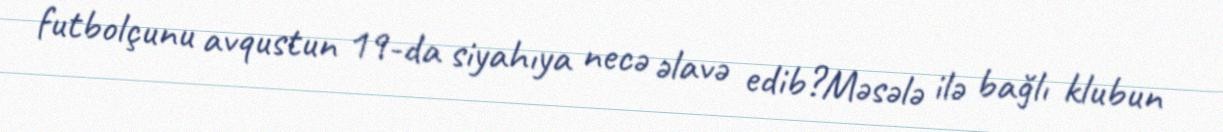
futbolçunu avqustun 19-da siyahıya necə əlavə edib?Məsələ ilə bağlı klubun